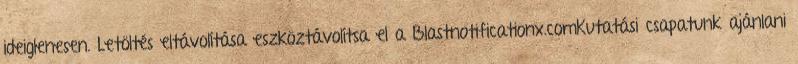
ideiglenesen. Letöltés eltávolítása eszköztávolítsa el a Blastnotificationx.comKutatási csapatunk ajánlani